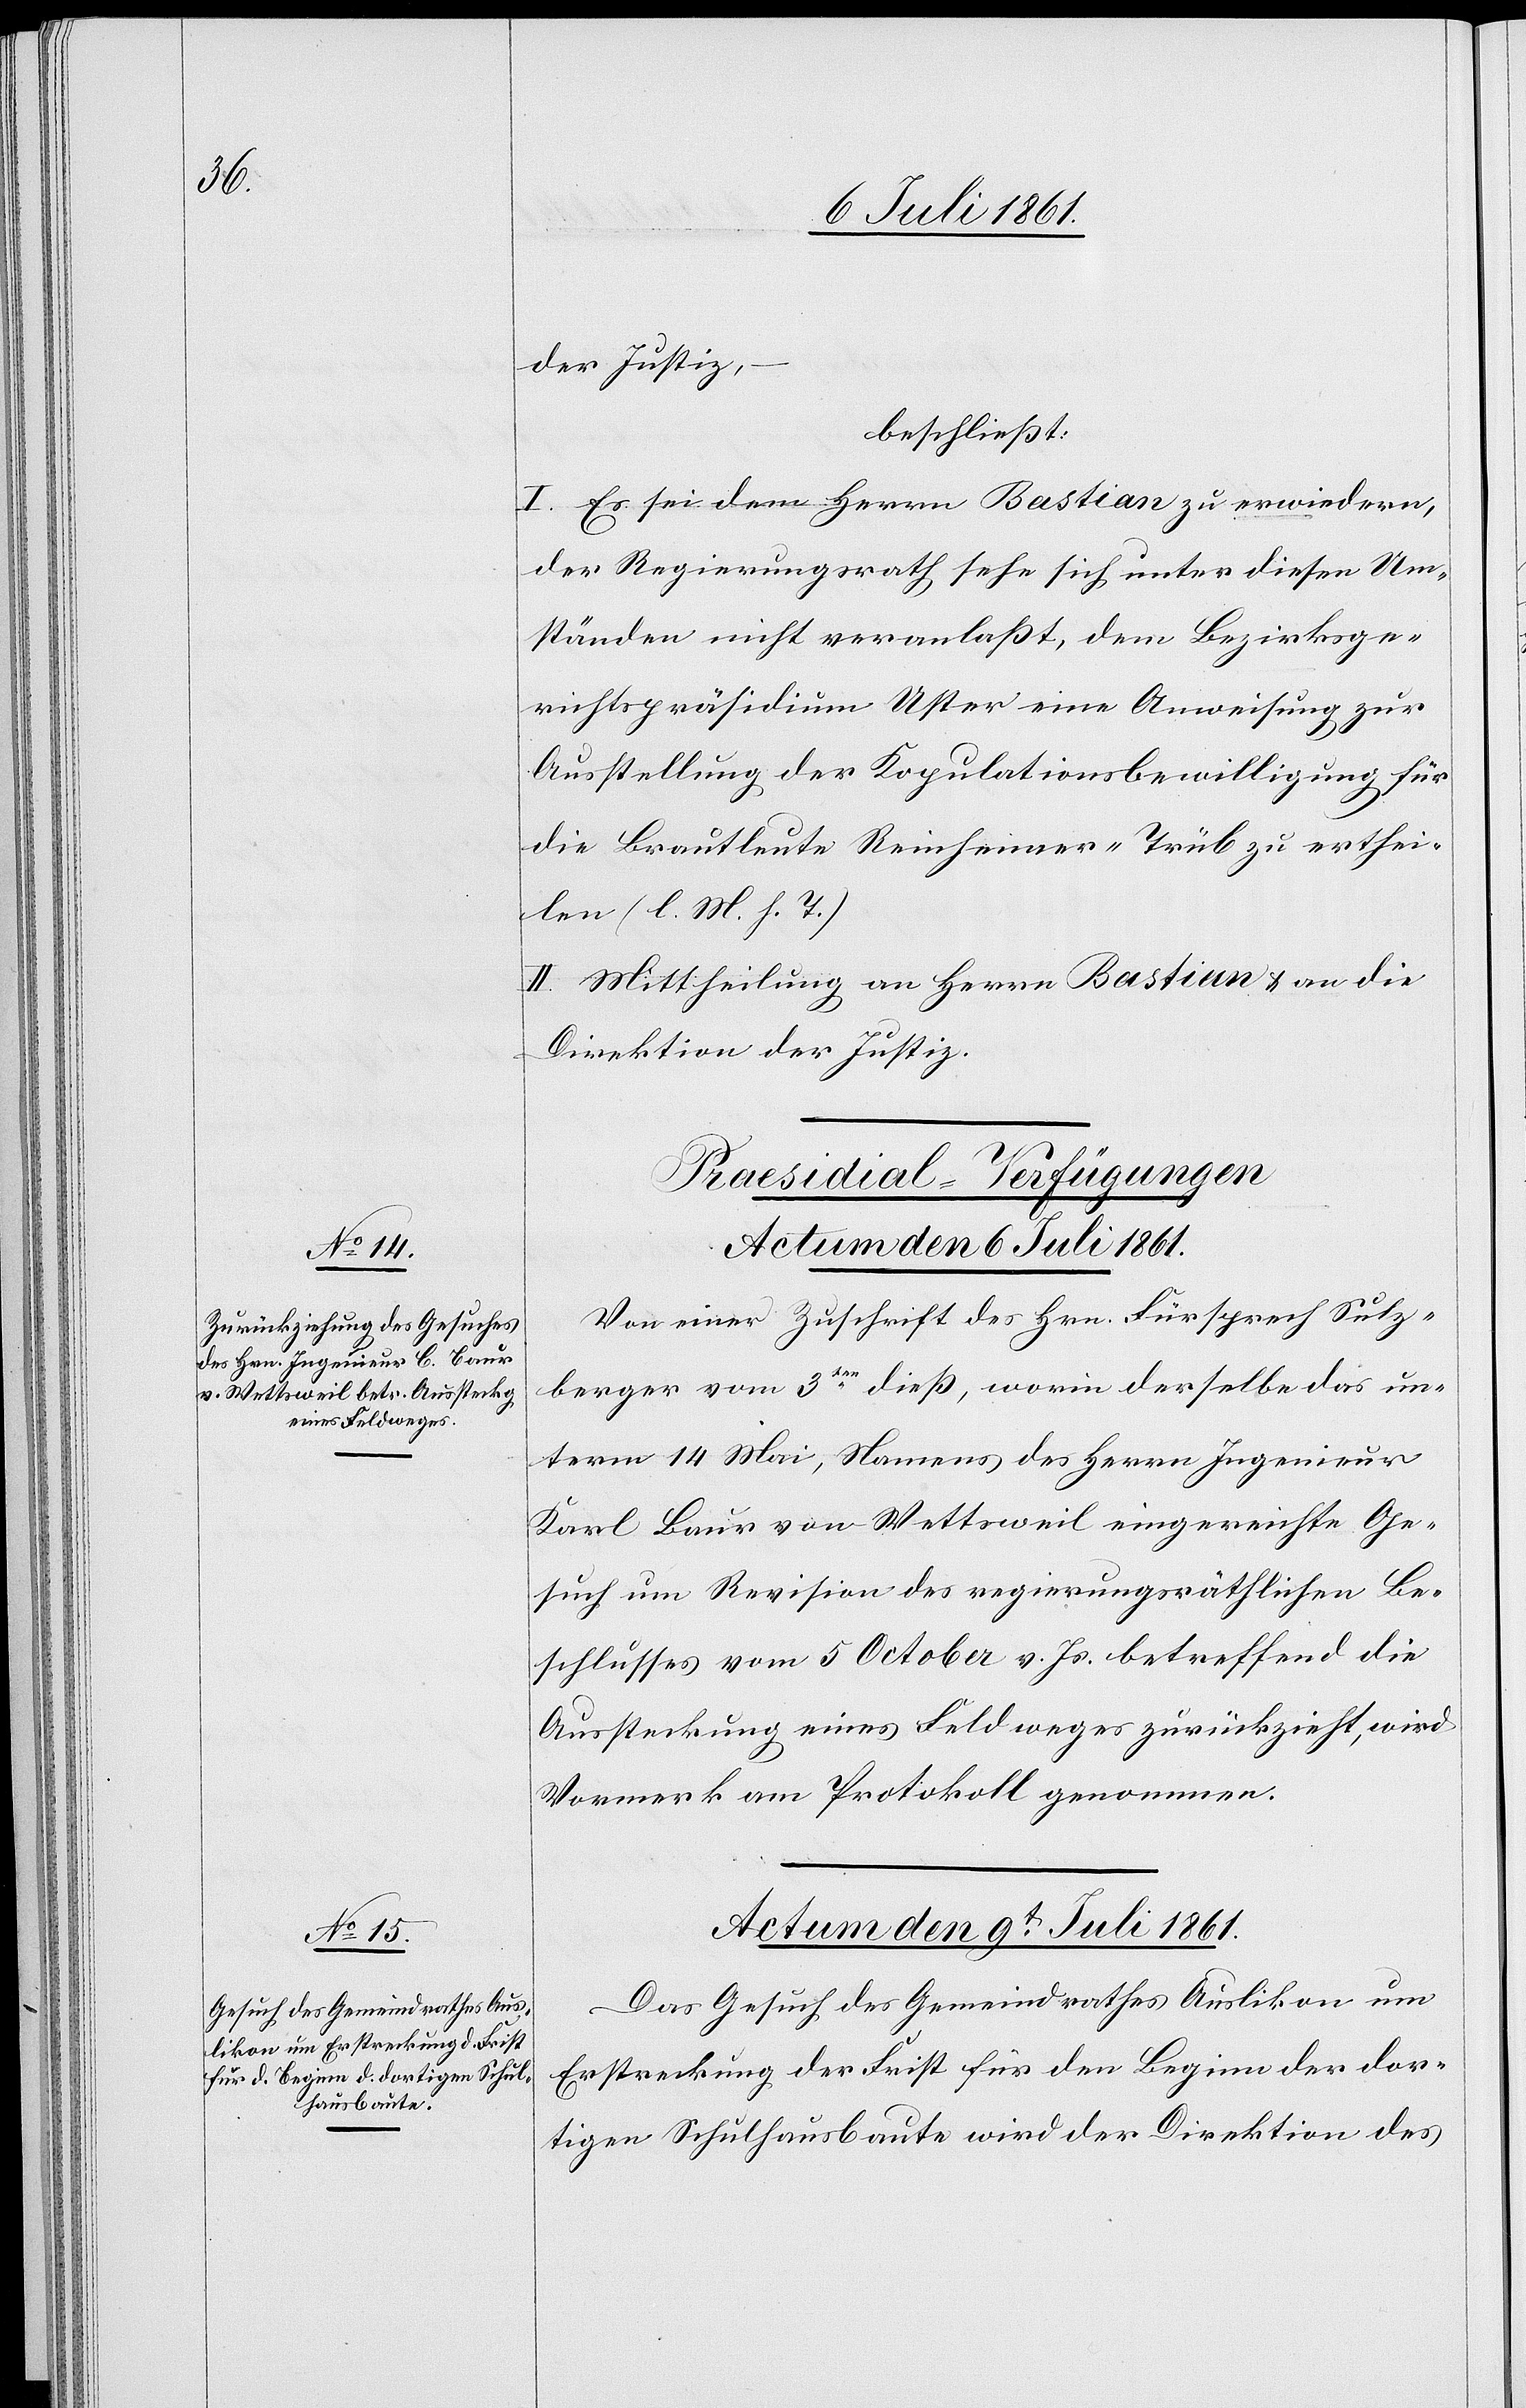
der Justiz
beschließt:
I. Es sei dem Herrn Bastian zu erwiedern,
der Regierungsrath sehe sich unter diesen Um¬
ständen nicht veranlaßt, dem Bezirksge¬
richtspräsidium Uster eine Anweisung für
die Brautleute Reinheimer-Trüb zu erthei¬
len [l. M. v. h. T].
II. Mittheilung an Herrn Bastian u. an die
Direktion der Justiz.
[Präsidial-Verfügungen.]
Actum den 6 Juli 1861.
Von einer Zuschrift des Hrn. Fürsprech Sulz¬
berger vom 3ten dieß, worin derselbe das un¬
term 14 Mai, Namens des Herrn Ingenieur
Karl Baur von Wettsweil eingereichte Ge¬
such um Revision des regierungsräthlichen Be¬
schlusses vom 5 October v. Js. betreffend die
Aussteckung eines Feldweges zurückzieht, wird
Vormerk am Protokoll genommen.
Actum den 9t Juli 1861.
Das Gesuch des Gemeindrathes Auslikon um
Erstreckung der Frist für den Beginn der dor¬
tigen Schulhausbaute wird der Direktion des